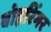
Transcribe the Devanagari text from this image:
बोहरिंगर